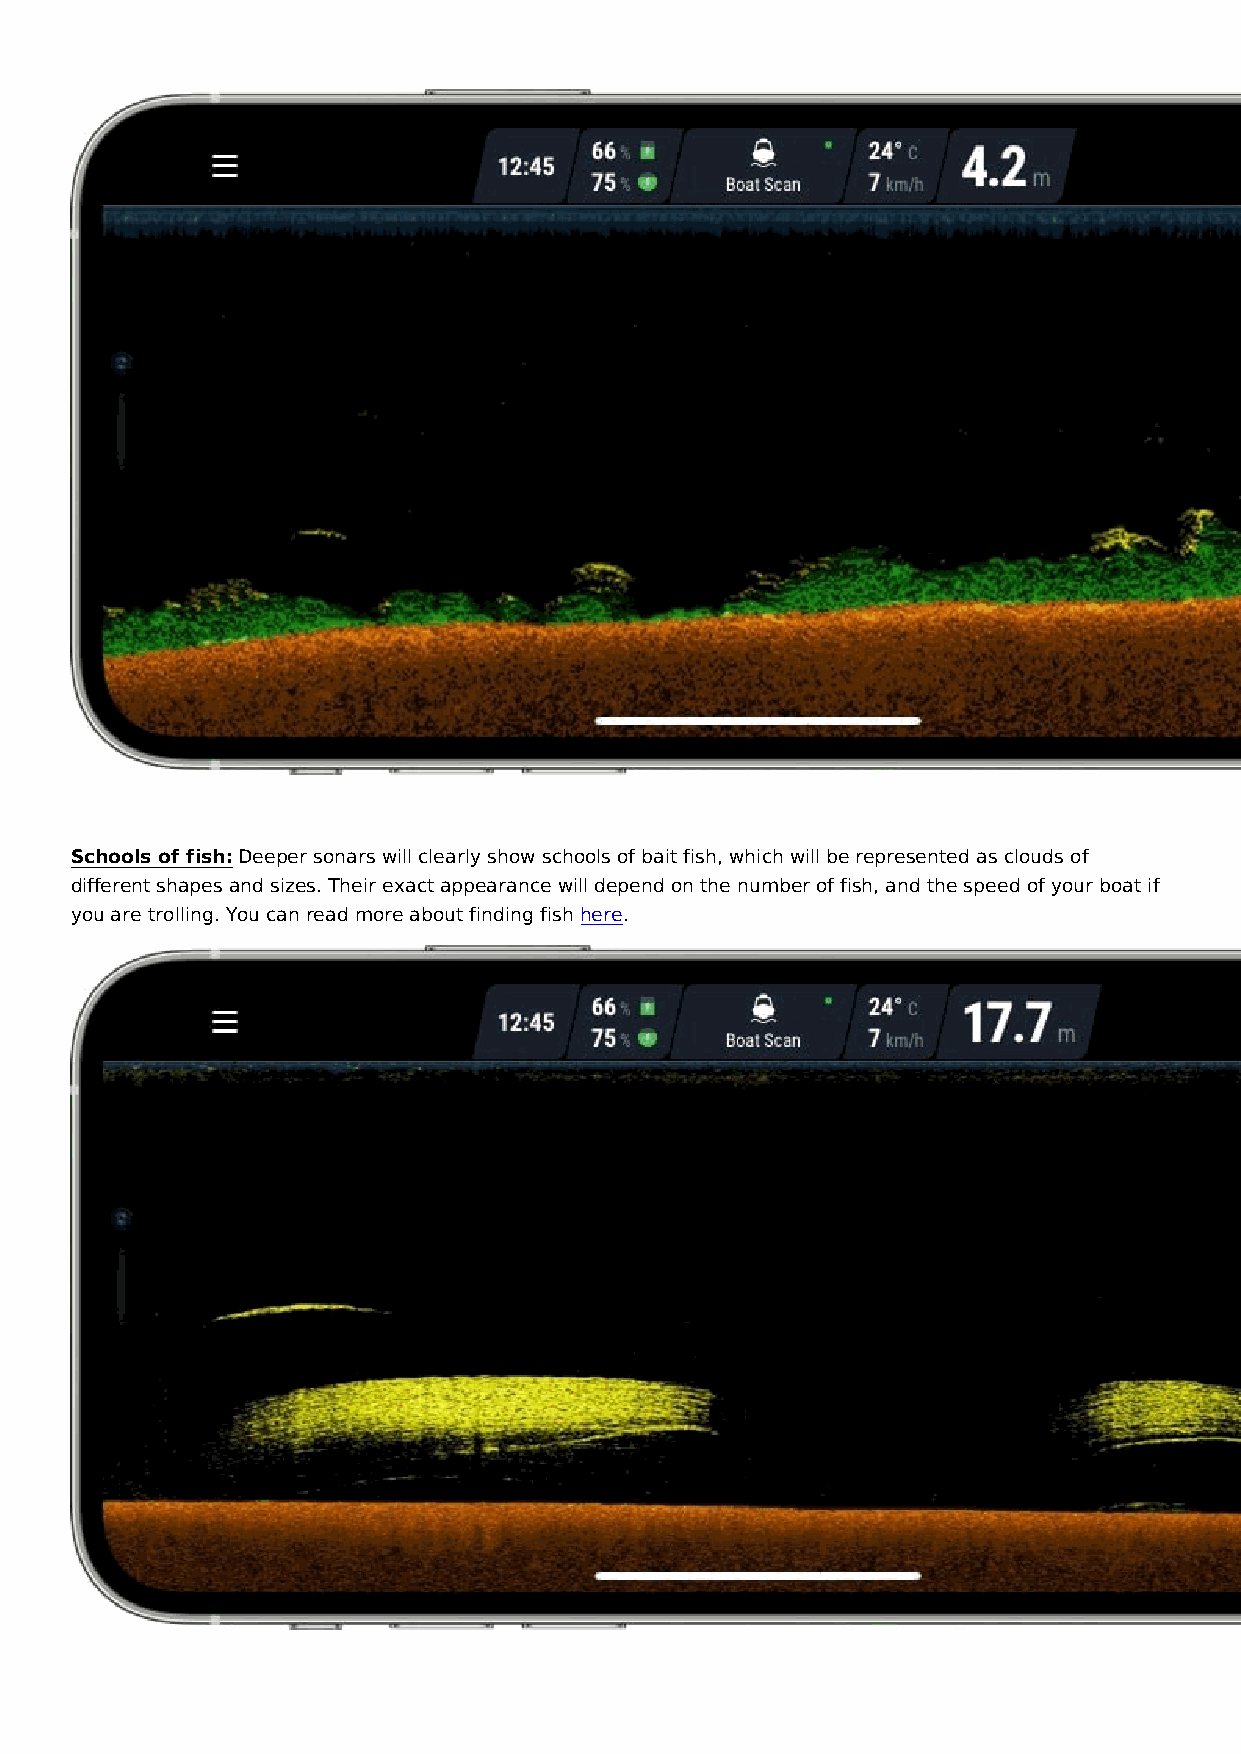
Schools of fish: Deeper sonars will clearly show schools of bait fish, which will be represented as clouds of
 different shapes and sizes. Their exact appearance will depend on the number of fish, and the speed of your boat if
 you are trolling. You can read more about finding fish here.